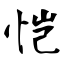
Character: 恺